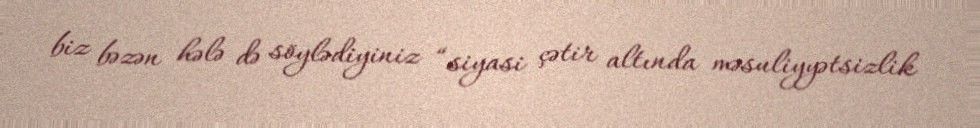
biz bəzən hələ də söylədiyiniz “siyasi çətir altında məsuliyyətsizlik